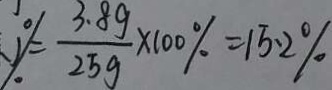
\% = \frac { 3 . 8 g } { 2 5 g } \times 1 0 0 \% = 1 5 . 2 \%